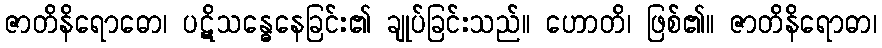
ဇာတိနိရောဓော၊ ပဋိသန္ဓေနေခြင်း၏ ချုပ်ခြင်းသည်။ ဟောတိ၊ ဖြစ်၏။ ဇာတိနိရောဓာ၊